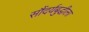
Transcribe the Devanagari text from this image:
सौंदर्यबुद्धीला